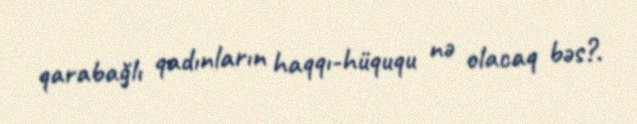
qarabağlı qadınların haqqı-hüququ nə olacaq bəs?.